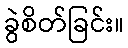
ခွဲစိတ်ခြင်း။